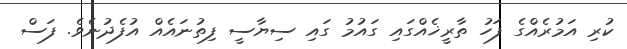
ކުރި އަމުރެއްގެ ފަހު ތާރީޚެއްގައި ގައުމު ގައި ސިޔާސީ ފިތުނައެއް އުފެދުނެވެ. ފަސް